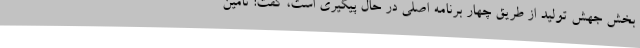
بخش جهش تولید از طریق چهار برنامه اصلی در حال پیگیری است، گفت: تامین